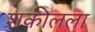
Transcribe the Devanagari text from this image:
शकीलला